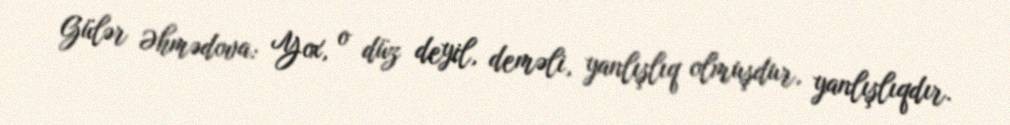
Gülər Əhmədova: Yox, o düz deyil, deməli, yanlışlıq olmuşdur, yanlışlıqdır.